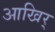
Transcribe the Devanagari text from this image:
आखिर्